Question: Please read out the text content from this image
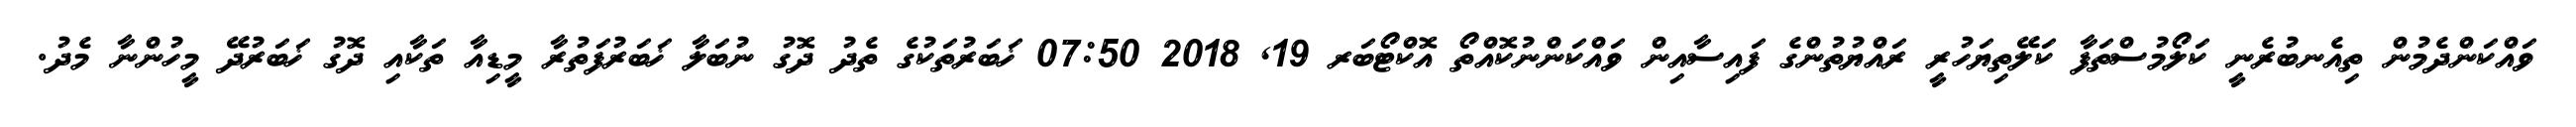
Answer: ވައްކަންދެމުން ތިއެނބުރެނީ ކަލޯމުސްތަފާ ކަލޭތިޔަހުރީ ރައްޔުތުންގެ ފައިސާއިން ވައްކަންނުކޮއްތޯ އޮކްޓޯބަރ 19, 2018 07:50 ޚަބަރުތަކުގެ ތެދު ދޮގު ނުބަލާ ޚަބަރުފަތުރާ މީޑިއާ ތަކާއި ދޮގު ޚަބަރުދޭ މީހުންނާ މެދު.